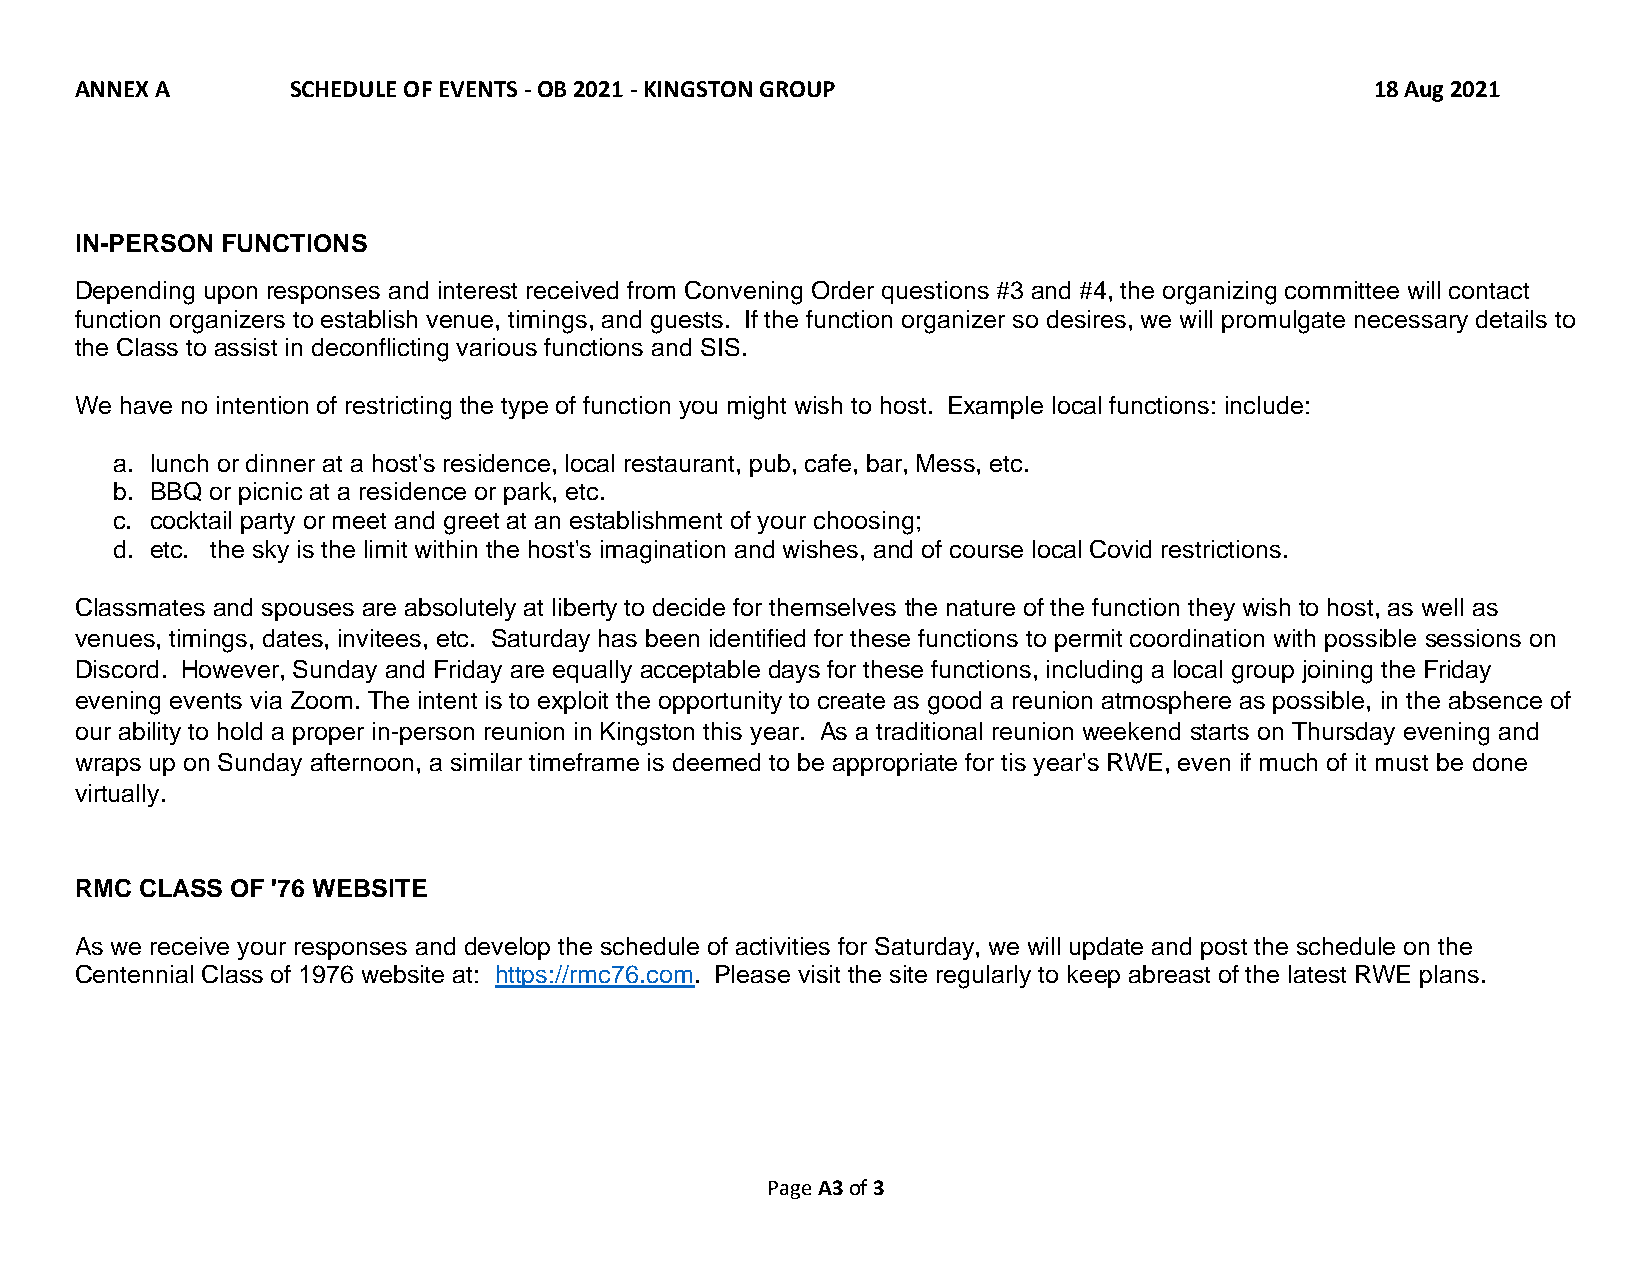
ANNEX A       SCHEDULE OF EVENTS - OB 2021 - KINGSTON GROUP                           18 Aug 2021
 IN-PERSON FUNCTIONS
 Depending upon responses and interest received from Convening Order questions #3 and #4, the organizing committee will contact
 function organizers to establish venue, timings, and guests. If the function organizer so desires, we will promulgate necessary details to
 the Class to assist in deconflicting various functions and SIS.
 We have no intention of restricting the type of function you might wish to host. Example local functions: include:
 a. lunch or dinner at a host's residence, local restaurant, pub, cafe, bar, Mess, etc.
 b. BBQ or picnic at a residence or park, etc.
 c. cocktail party or meet and greet at an establishment of your choosing;
 d. etc. the sky is the limit within the host's imagination and wishes, and of course local Covid restrictions.
 Classmates and spouses are absolutely at liberty to decide for themselves the nature of the function they wish to host, as well as
 venues, timings, dates, invitees, etc. Saturday has been identified for these functions to permit coordination with possible sessions on
 Discord. However, Sunday and Friday are equally acceptable days for these functions, including a local group joining the Friday
 evening events via Zoom. The intent is to exploit the opportunity to create as good a reunion atmosphere as possible, in the absence of
 our ability to hold a proper in-person reunion in Kingston this year. As a traditional reunion weekend starts on Thursday evening and
 wraps up on Sunday afternoon, a similar timeframe is deemed to be appropriate for tis year's RWE, even if much of it must be done
 virtually.
 RMC CLASS OF '76 WEBSITE
 As we receive your responses and develop the schedule of activities for Saturday, we will update and post the schedule on the
 Centennial Class of 1976 website at: https://rmc76.com. Please visit the site regularly to keep abreast of the latest RWE plans.
 Page A3 of 3